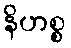
နိဟစ္စ